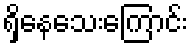
ရှိနေသေးကြောင်း